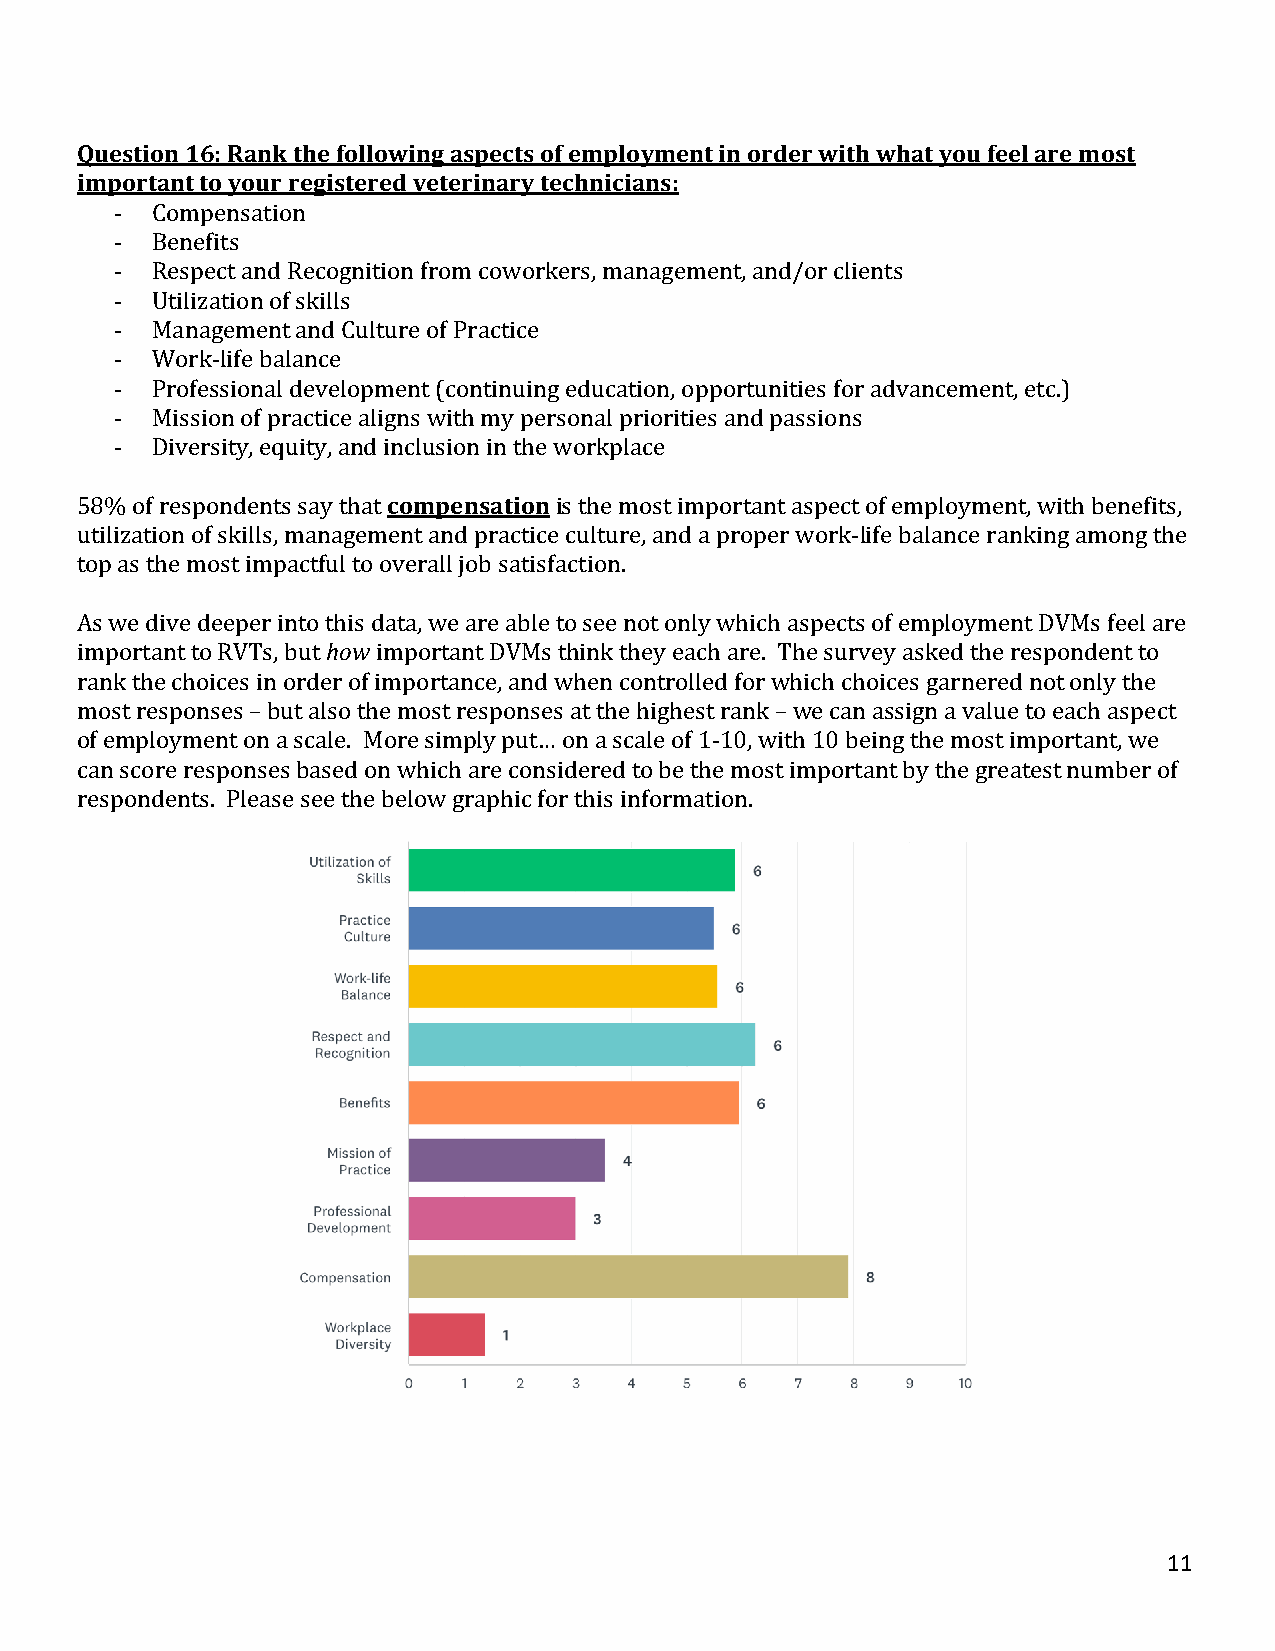
Question 16: Rank the following aspects of employment in order with what you feel are most
 important to your registered veterinary technicians:
 - Compensation
 - Benefits
 - Respect and Recognition from coworkers, management, and/or clients
 - Utilization of skills
 - Management and Culture of Practice
 - Work-life balance
 - Professional development (continuing education, opportunities for advancement, etc.)
 - Mission of practice aligns with my personal priorities and passions
 - Diversity, equity, and inclusion in the workplace
 58% of respondents say that compensation is the most important aspect of employment, with benefits,
 utilization of skills, management and practice culture, and a proper work-life balance ranking among the
 top as the most impactful to overall job satisfaction.
 As we dive deeper into this data, we are able to see not only which aspects of employment DVMs feel are
 important to RVTs, but how important DVMs think they each are. The survey asked the respondent to
 rank the choices in order of importance, and when controlled for which choices garnered not only the
 most responses – but also the most responses at the highest rank – we can assign a value to each aspect
 of employment on a scale. More simply put… on a scale of 1-10, with 10 being the most important, we
 can score responses based on which are considered to be the most important by the greatest number of
 respondents. Please see the below graphic for this information.
 11